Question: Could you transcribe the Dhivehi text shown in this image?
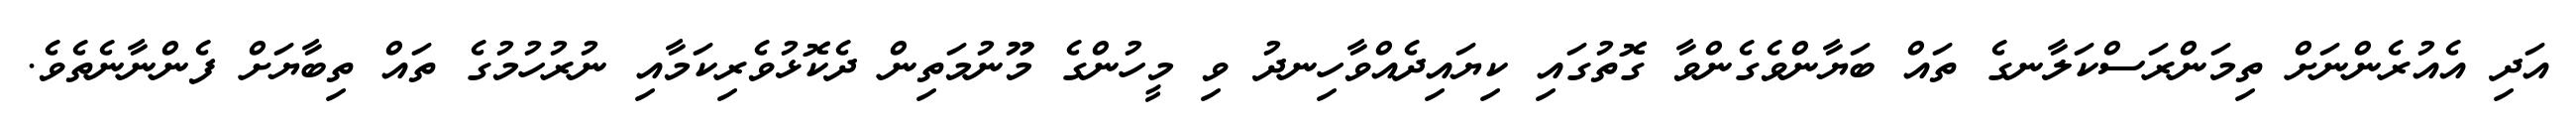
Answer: އަދި އެއުރެންނަށް ތިމަންރަސްކަލާނގެ ތައް ބަޔާންވެގެންވާ ގޮތުގައި ކިޔައިދެއްވާހިނދު ވި މީހުންގެ މޫނުމަތިން ދެކޮޅުވެރިކަމާއި ނުރުހުމުގެ ތައް ތިބާޔަށް ފެންނާނެތެވެ.